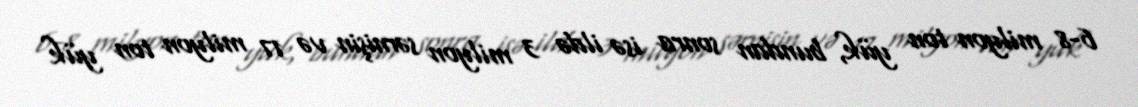
6-8 milyon ton yük, bundan sonra isə ildə 3 milyon sərnişin və 17 milyon ton yük